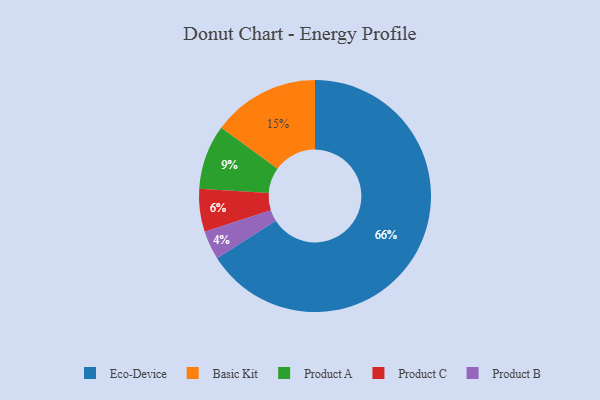
{"axis": {"x": "Category", "y": "Percentage"}, "legend": ["Basic Kit", "Eco-Device", "Product A", "Product B", "Product C"], "data": [{"x": "Product C", "y": 6, "type": "Product C"}, {"x": "Basic Kit", "y": 15, "type": "Basic Kit"}, {"x": "Product B", "y": 4, "type": "Product B"}, {"x": "Eco-Device", "y": 66, "type": "Eco-Device"}, {"x": "Product A", "y": 9, "type": "Product A"}]}